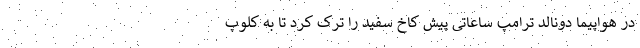
در هواپیما دونالد ترامپ ساعاتی پیش کاخ سفید را ترک کرد تا به کلوپ